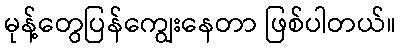
မုန့်တွေပြန်ကျွေးနေတာ ဖြစ်ပါတယ်။